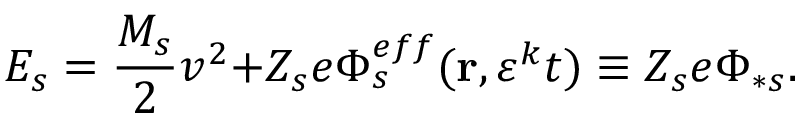
E _ { s } = \frac { M _ { s } } { 2 } v ^ { 2 } \mathbf { + } { Z _ { s } e } \Phi _ { s } ^ { e f f } ( \mathbf { r } , \varepsilon ^ { k } t ) \equiv Z _ { s } e \Phi _ { \ast s } .